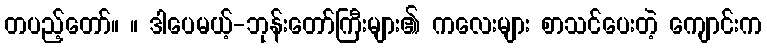
တပည့်တော်။ ။ ဒါပေမယ့်-ဘုန်းတော်ကြီးများ၏ ကလေးများ စာသင်ပေးတဲ့ ကျောင်းက